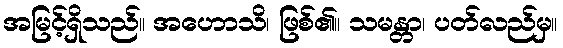
အမြင့်ရှိသည်။ အဟောသိ၊ ဖြစ်၏။ သမန္တာ၊ ပတ်လည်မှ။